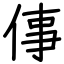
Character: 倳